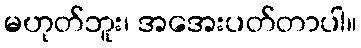
မဟုတ်ဘူး၊ အအေးပတ်တာပါ။